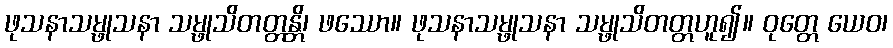
ဖုသနာသမ္ဖုသနာ သမ္ဖုသိတတ္တန္တိ၊ ဖဿော။ ဖုသနာသမ္ဖုသနာ သမ္ဖုသိတတ္တဟူ၍။ ဝုတ္တေ ယေဝ၊